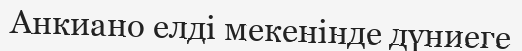
Анкиано елді мекенінде дүниеге